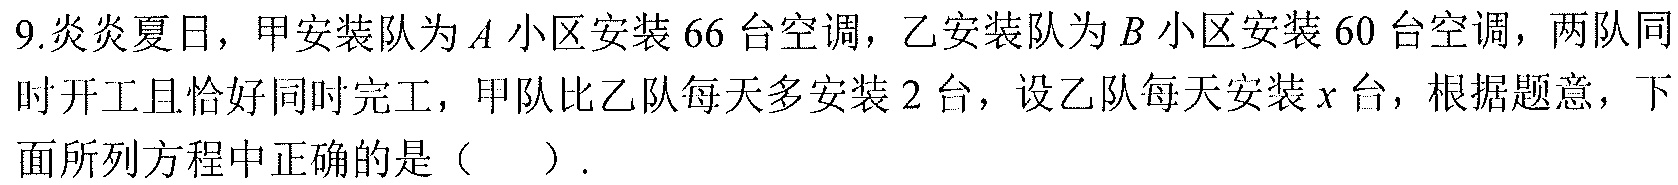
9.炎炎夏日，甲安装队为\(A\)小区安装\(66\)台空调，乙安装队为\(B\)小区安装\(60\)台空调，两队同时开工且恰好同时完工，甲队比乙队每天多安装\(2\)台，设乙队每天安装\(x\)台，根据题意，下面所列方程中正确的是（  ）.